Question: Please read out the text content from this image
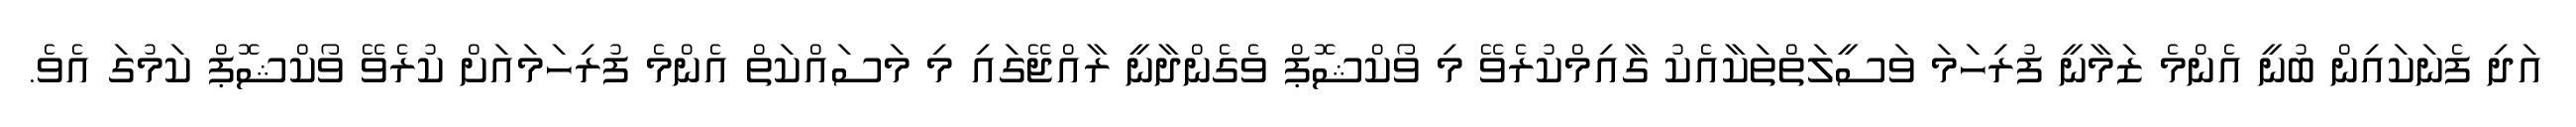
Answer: އަދި ފެނަކައިން ބުނީ އެންމެ ޒަމާނީ ފުރިހަމަ ވަސީލަތްތަކާއެކު ގާއިމްކުރެވޭ މި ވޯކްޝޮޕް ވެގެންދާނީ ރާއްޖޭގައި މި މަސައްކަތް އެންމެ ފުރިހަމައަށް ކުރެވޭ ވޯކްޝޮޕް ކަމުގަ އެވެ.